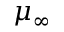
\mu _ { \infty }